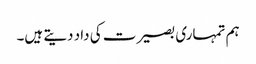
ہم تمہاری بصیرت کی داد دیتے ہیں۔